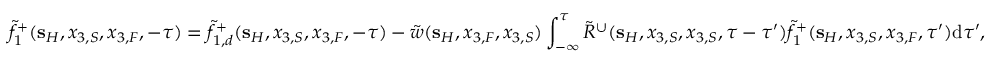
\tilde { f } _ { 1 } ^ { + } ( { \bf s } _ { H } , x _ { 3 , S } , x _ { 3 , F } , - \tau ) = \tilde { f } _ { 1 , d } ^ { + } ( { \bf s } _ { H } , x _ { 3 , S } , x _ { 3 , F } , - \tau ) - \tilde { w } ( { \bf s } _ { H } , x _ { 3 , F } , x _ { 3 , S } ) \int _ { - \infty } ^ { \tau } \tilde { R } ^ { \cup } ( { \bf s } _ { H } , x _ { 3 , S } , x _ { 3 , S } , \tau - \tau ^ { \prime } ) \tilde { f } _ { 1 } ^ { + } ( { \bf s } _ { H } , x _ { 3 , S } , x _ { 3 , F } , \tau ^ { \prime } ) \mathrm { d } \tau ^ { \prime } ,